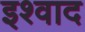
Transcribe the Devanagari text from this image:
इश्वाद